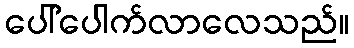
ပေါ်ပေါက်လာလေသည်။